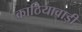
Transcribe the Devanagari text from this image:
काठियावाड़ी